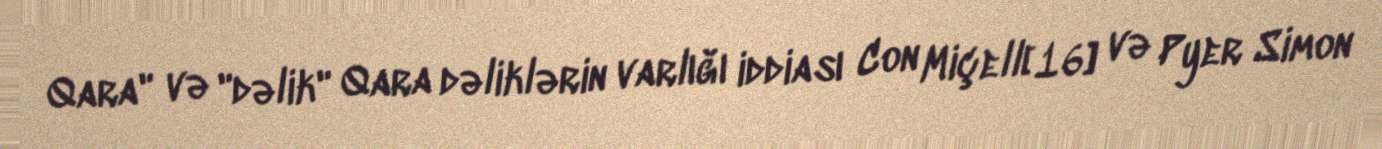
Qara" və "dəlik" Qara dəliklərin varlığı iddiası Con Miçell[16] və Pyer Simon